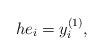
LaTeX: \begin{align*}he_i=y_i^{(1)},\end{align*}